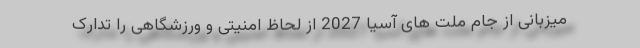
میزبانی از جام ملت های آسیا 2027 از لحاظ امنیتی و ورزشگاهی را تدارک